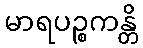
မာရပဉ္စကန္တိ